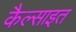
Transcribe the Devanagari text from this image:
कैल्साइत